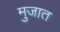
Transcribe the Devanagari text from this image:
मुजात